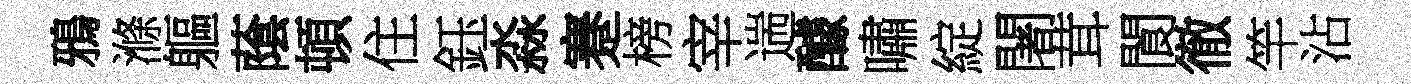
鴉滌軀䕃頓住鈺淼蹇榜宰遄醵嘯綻闍茸閬徹竿沾